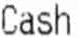
CASH